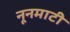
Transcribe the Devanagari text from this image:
नूनमाटी